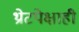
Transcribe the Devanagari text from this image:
थ्रोटपेक्षाही